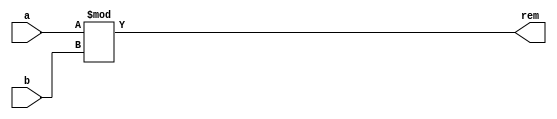
`timescale 1ns / 1ps
//////////////////////////////////////////////////////////////////////////////////
// Company: 
// Engineer: 
// 
// Design Name: 
// Module Name: MOD
// Project Name: 
// Target Devices: 
// Tool Versions: 
// Description: 
// 
// Dependencies: 
// 
// Revision:
// Revision 0.01 - File Created
// Additional Comments:
// 
//////////////////////////////////////////////////////////////////////////////////

module MOD #(parameter DATAWIDTH = 8)(a, b, rem);
    input [DATAWIDTH -1:0] a;
    input [DATAWIDTH -1:0] b;
    output reg [DATAWIDTH-1:0] rem;
    
    
    always @(a,b) begin
        rem <= a % b;
    end
endmodule